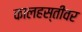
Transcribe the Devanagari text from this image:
कालहस्तीवर